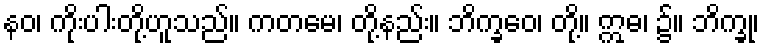
နဝ၊ ကိုးပါးတို့ဟူသည်။ ကတမေ၊ တို့နည်း။ ဘိက္ခဝေ၊ တို့။ ဣဓ၊ ၌။ ဘိက္ခု၊